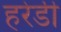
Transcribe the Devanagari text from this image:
हरेडी